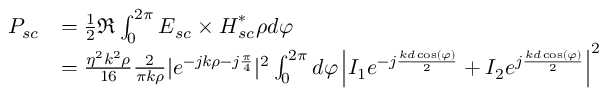
\begin{array} { r l } { P _ { s c } } & { = \frac { 1 } { 2 } \Re \int _ { 0 } ^ { 2 \pi } \boldsymbol { E } _ { s c } \times \boldsymbol { H } _ { s c } ^ { * } \rho d \varphi } \\ & { = \frac { \eta ^ { 2 } k ^ { 2 } \rho } { 1 6 } \frac { 2 } { \pi k \rho } | e ^ { - j k \rho - j \frac { \pi } { 4 } } | ^ { 2 } \int _ { 0 } ^ { 2 \pi } d \varphi \left| I _ { 1 } e ^ { - j \frac { k d \cos ( \varphi ) } { 2 } } + I _ { 2 } e ^ { j \frac { k d \cos ( \varphi ) } { 2 } } \right| ^ { 2 } } \end{array}